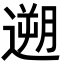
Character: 遡